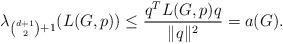
LaTeX: \begin{align*} \lambda_{\binom{d+1}{2}+1}(L(G,p)) \leq \frac{q^T L(G,p) q}{\|q\|^2} = a(G). \end{align*}